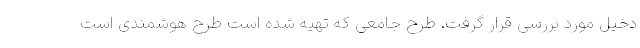
دخیل مورد بررسی قرار گرفت. طرح جامعی که تهیه شده است طرح هوشمندی است